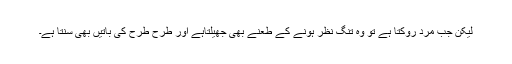
لیکن جب مرد روکتا ہے تو وہ تنگ نظر ہونے کے طعنے بھی جھیلتاہے اور طرح طرح کی باتیں بھی سنتا ہے۔